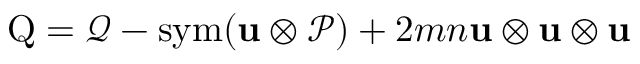
\mathrm { Q } = \mathcal { Q } - \operatorname { s y m } ( \mathbf { u } \otimes \mathcal { P } ) + 2 m n \mathbf { u } \otimes \mathbf { u } \otimes \mathbf { u }